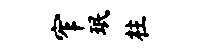
窄珉柱